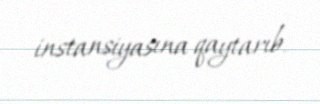
instansiyasına qaytarıb.